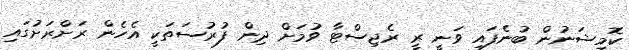
ކޮމިޝަނުން ބުނެފައި ވަނީ ރީ ރެޖިސްޓާ ވުމަށް ދިން ފުރުސަތަކީ އެހެން ރަށްރަށުގައި